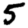
Digit: 5